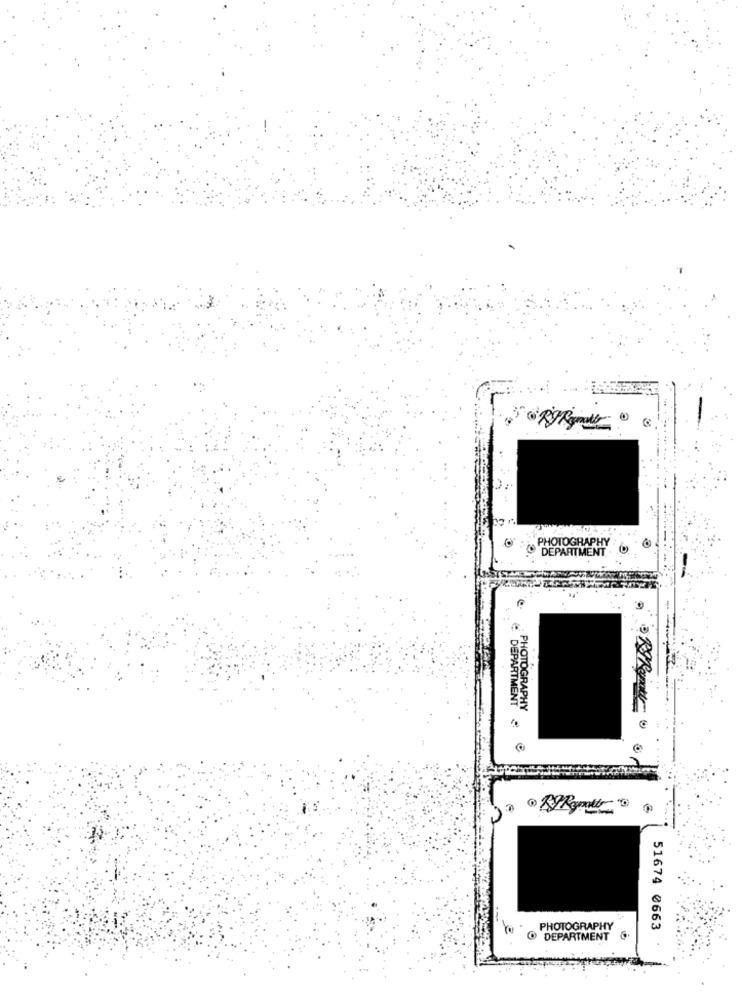
PHOTOGRAPHY
DEPARTMENT
€ DEPARTMENT
PHOTOGRAPHY
PHOTOGRAPHY
51674 0663
@ DEPARTMENT